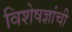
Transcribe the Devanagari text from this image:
विशेषज्ञांची